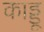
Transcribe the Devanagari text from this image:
काड्डू